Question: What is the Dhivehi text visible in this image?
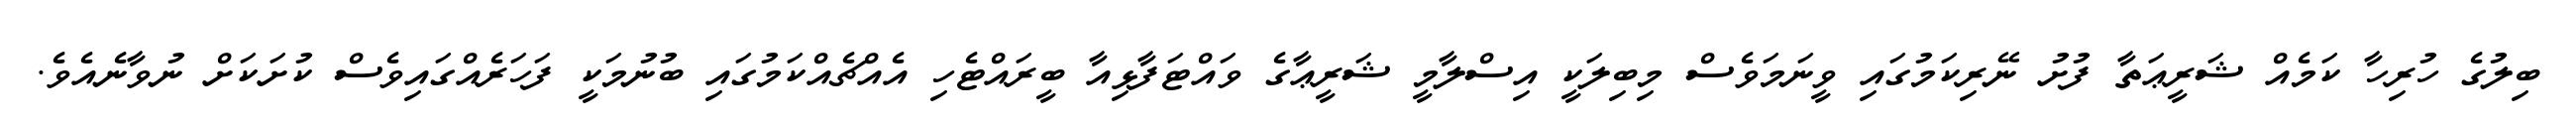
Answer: ބިލުގެ ހުރިހާ ކަމެއް ޝަރީޢަތާ ފުށު ނޭރިކަމުގައި ވީނަމަވެސް މިބިލަކީ އިސްލާމީ ޝަރީޢާގެ ވައްޓަފާޅިއާ ބީރައްޓެހި އެއްޗެއްކަމުގައި ބުނުމަކީ ފަހަރެއްގައިވެސް ކުށަކަށް ނުވާނެއެވެ.